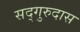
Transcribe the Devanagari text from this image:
सद्‌गुरुदास